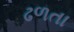
ઢળતા